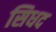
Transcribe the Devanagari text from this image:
सिधद